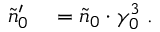
\begin{array} { r l } { \tilde { n } _ { 0 } ^ { \prime } } & { { } = \tilde { n } _ { 0 } \cdot \gamma _ { 0 } ^ { 3 } \; . } \end{array}